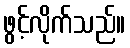
ဖွင့်လိုက်သည်။